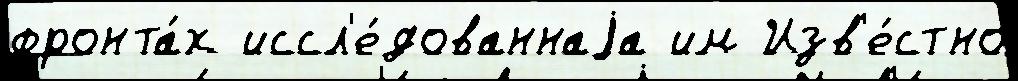
фронта́х иссл'е́дованнаjа им Изв'е́стно